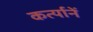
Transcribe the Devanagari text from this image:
कर्त्यानें